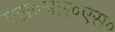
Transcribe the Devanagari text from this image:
एस०आर०एस०